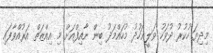
މިދިޔަ ހުކުރު ދުވަހު ވަލީޢަހުދު މުހައްމަދު ބިން ނާއިފްއަށް މި އިއްޒަތް އަރުއްވާފައި